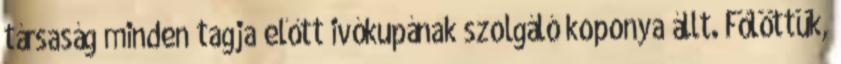
társaság minden tagja előtt ivókupának szolgáló koponya állt. Fölöttük,